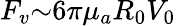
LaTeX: F_{v}{\sim}6{\pi}{\mu}_{a}R_{0}V_{0}